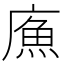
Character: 𢊧